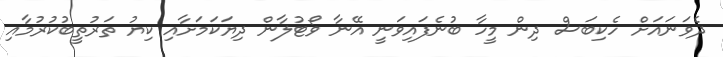
ދެވަނައަށް ހެކިބަސް ދިން މީހާ ބުނެފައިވަނީ އޭނާ ވޯޓުލާން ދިޔަކަމަށާއި ކިޔު ތަރުތީބުކުރުމާއި